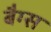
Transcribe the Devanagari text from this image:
बैग्‍स